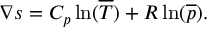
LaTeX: \nabla s = C _ { p } \ln ( { \overline { { T } } } ) + R \ln ( { \overline { { p } } } ) .